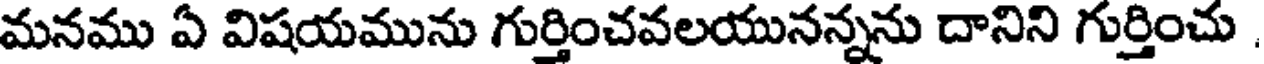
మనము ఏ విషయమును గుర్తించవలయునన్నను దానిని గుర్తించు